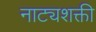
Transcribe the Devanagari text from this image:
नाट्यशक्ती